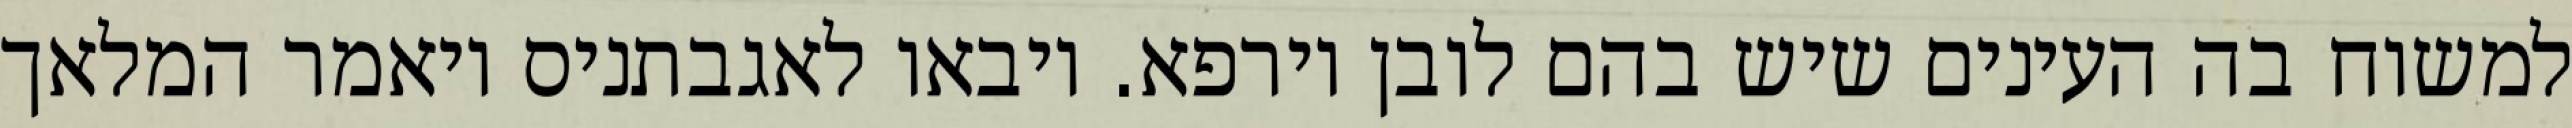
למשוח בה העינים שיש בהם לובן וירפא. ויבאו לאגבתניס ויאמר המלאך